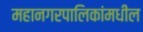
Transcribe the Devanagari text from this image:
महानगरपालिकांमधील